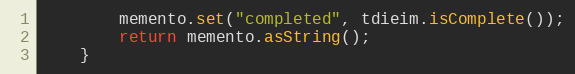
Language: Java
        memento.set("completed", tdieim.isComplete());
        return memento.asString();
    }